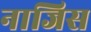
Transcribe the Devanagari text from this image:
नाजिस